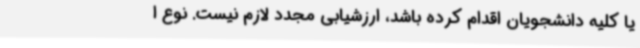
یا کلیه دانشجویان اقدام کرده باشد، ارزشیابی مجدد لازم نیست. نوع ا